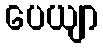
ပေယျာ